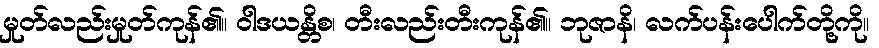
မှုတ်လည်းမှုတ်ကုန်၏။ ဝါဒယန္တိစ၊ တီးလည်းတီးကုန်၏။ ဘုဇာနိ၊ လက်ပန်းပေါက်တို့ကို။